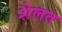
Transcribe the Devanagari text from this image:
शेलत